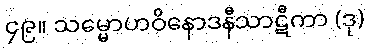
၄၉။ သမ္မောဟဝိနောဒနီသာဋီကာ (ဒု)